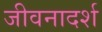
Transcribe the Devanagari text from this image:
जीवनादर्श